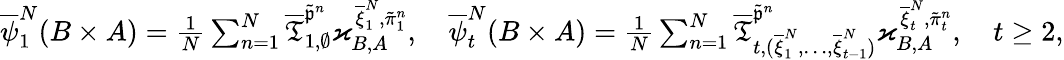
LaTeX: \begin{array}{r}{\overline{{\psi}}_{1}^{N}(B\times A)=\frac 1N\sum_{n=1}^{N}\overline{\mathfrak{T}}_{1,\emptyset}^{\tilde{\mathfrak{p}}^{n}}\varkappa_{B,A}^{\overline{\xi}_{1}^{N},\tilde{\pi}_{1}^{n}},\quad\overline{{\psi}}_{t}^{N}(B\times A)=\frac 1N\sum_{n=1}^{N}\overline{\mathfrak{T}}_{t,(\overline{\xi}_{1}^{N},\dots,\overline{\xi}_{t-1}^{N})}^{\tilde{\mathfrak{p}}^{n}}\varkappa_{B,A}^{\overline{\xi}_{t}^{N},\tilde{\pi}_{t}^{n}},\quad t\ge 2,}\end{array}